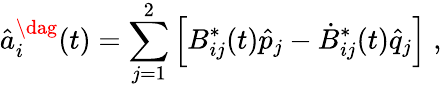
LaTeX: \hat{a}_{i}^{\dag}(t)=\sum_{j=1}^{2}\left[B_{ij}^{\ast}(t)\hat{p}_{j}-\dot{B}_{ij}^{\ast}(t)\hat{q}_{j}\right]\; ,